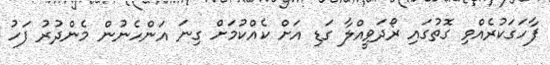
ފާހަގަކުރެއްވި ގޮތުގައި ރޯދަވީއްލާ ގަޑި އަށް ކެއްކުމަށް ގިނަ އަންހެނުން މެންދުރު ފަހު